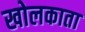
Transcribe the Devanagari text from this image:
खोलकाता